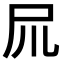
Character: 𡰭